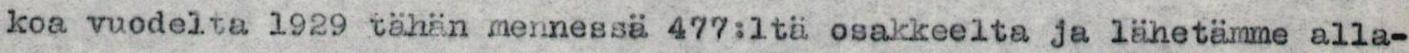
koa vuodelta 1929 tähän mennessä 477:ltä osakkeelta ja lähetämme alla-